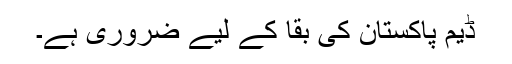
ڈیم پاکستان کی بقا کے لیے ضروری ہے۔